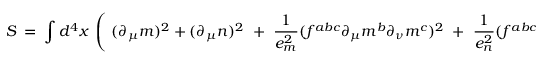
S \ = \ \int d ^ { 4 } x \ \left( \ ( \partial _ { \mu } m ) ^ { 2 } + ( \partial _ { \mu } n ) ^ { 2 } \ + \ \frac { 1 } { e _ { m } ^ { 2 } } ( f ^ { a b c } \partial _ { \mu } m ^ { b } \partial _ { \nu } m ^ { c } ) ^ { 2 } \ + \ \frac { 1 } { e _ { n } ^ { 2 } } ( f ^ { a b c } \partial _ { \mu } n ^ { b } \partial _ { \nu } n ^ { c } ) ^ { 2 } \ \right)